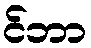
င်ဘာ